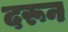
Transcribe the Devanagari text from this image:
दरून